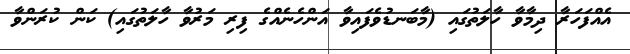
އެއްފަހަރާ ދިމާވާ ހާލަތުގައި (މާބަނޑުވެފައިވާ އަންހެނެއްގެ ފިރި މަރުވާ ހާލަތުގައި) ކަން ކުރަންވާ